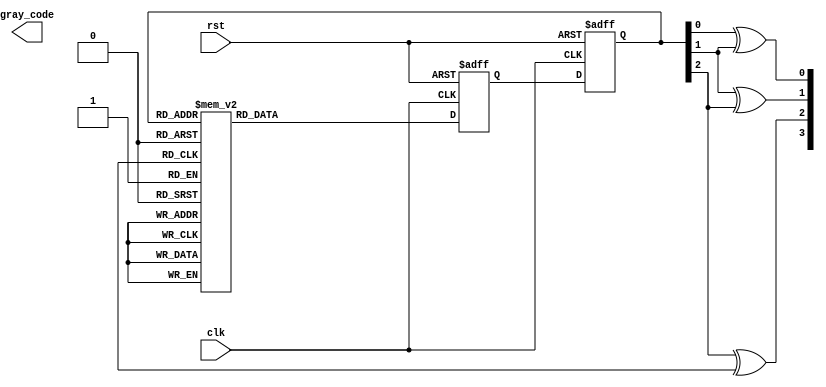
module gray_counter_clock_divider (
    input wire  clk,
    input wire  rst,
    output wire [3:0] gray_code
);

reg [2:0] binary_count;
reg [2:0] next_count;

always @(posedge clk or posedge rst) begin
    if (rst) begin
        binary_count <= 3'b000;
    end else begin
        binary_count <= next_count;
    end
end

always @(posedge clk or posedge rst) begin
    if (rst) begin
        next_count <= 3'b000;
    end else begin
        case (binary_count)
            3'b000 : next_count <= 3'b001;
            3'b001 : next_count <= 3'b011;
            3'b010 : next_count <= 3'b110;
            3'b011 : next_count <= 3'b100;
            3'b100 : next_count <= 3'b101;
            3'b101 : next_count <= 3'b111;
            3'b110 : next_count <= 3'b010;
            3'b111 : next_count <= 3'b000;
        endcase
    end
end

assign gray_code[0] = binary_count[0] ^ binary_count[1];
assign gray_code[1] = binary_count[1] ^ binary_count[2];
assign gray_code[2] = binary_count[2] ^ binary_count[3];
assign gray_code[3] = binary_count[3];

endmodule